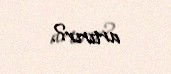
artırır?.